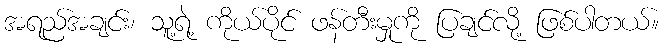
အရည်အချင်း၊ သူ့ရဲ့ ကိုယ်ပိုင် ဖန်တီးမှုကို ပြချင်လို့ ဖြစ်ပါတယ်။